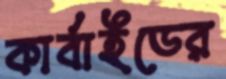
কার্বাইডের